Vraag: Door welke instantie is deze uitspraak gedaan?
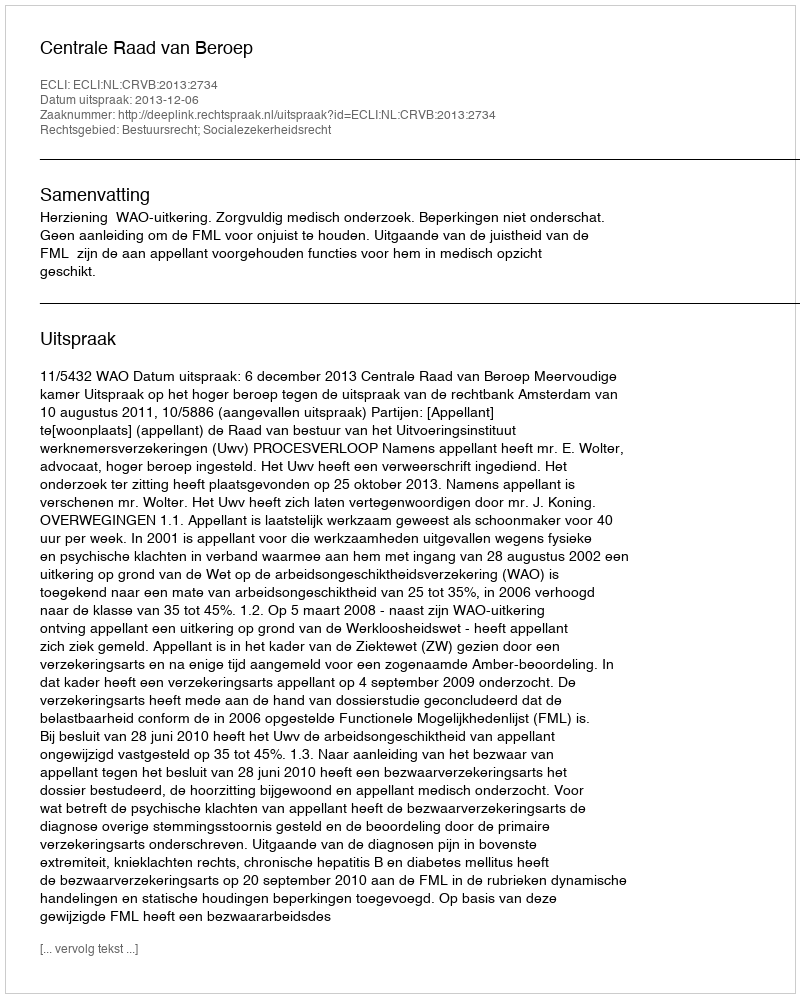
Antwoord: Centrale Raad van Beroep